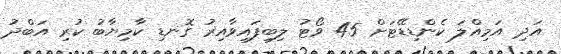
އަދި އަމިއްލަ ކެންޑިޑޭޓަށް 45 ވޯޓު ލިބިފައިވާއިރު ގޮނޑި ކާމިޔާބު ކުރި އަބްދު